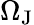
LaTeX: \Omega_{\mathrm{J}}